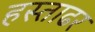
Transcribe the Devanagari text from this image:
हस्ताढर